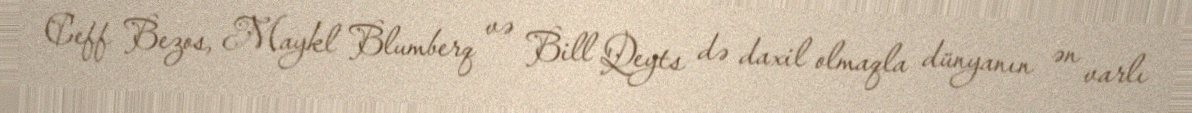
Ceff Bezos, Maykl Blumberq və Bill Qeyts də daxil olmaqla dünyanın ən varlı